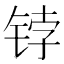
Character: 𰾀